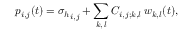
p _ { i , j } ( t ) = { \sigma _ { h } } _ { i , j } + \sum _ { k , \, l } C _ { i , j ; k , l } \, w _ { k , l } ( t ) ,